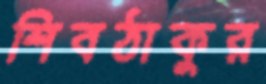
শিবঠাকুর